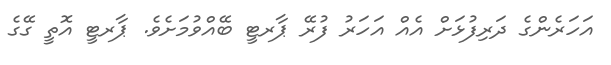
އަހަރެންގެ ދަރިފުޅަށް އެއް އަހަރު ފުރޭ ޕާރޓީ ބޭއްވުމަށެވެ. ޕާރޓީ އޮތީ ގޭގެ